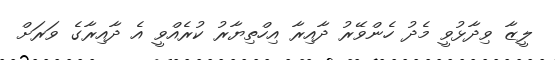
ލީޒާ ވިދާޅުވީ މެދު ހެންވޭރު ދާއިރާ އިހްތިޔާރު ކުރެއްވީ އެ ދާއިރާގެ ވަރަށް